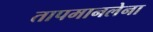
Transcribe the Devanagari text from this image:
तापमानलेना